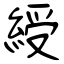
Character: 綬